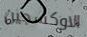
الاوكسجين